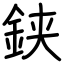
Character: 𨦇